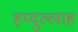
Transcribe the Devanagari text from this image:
हम्दुल्लाह